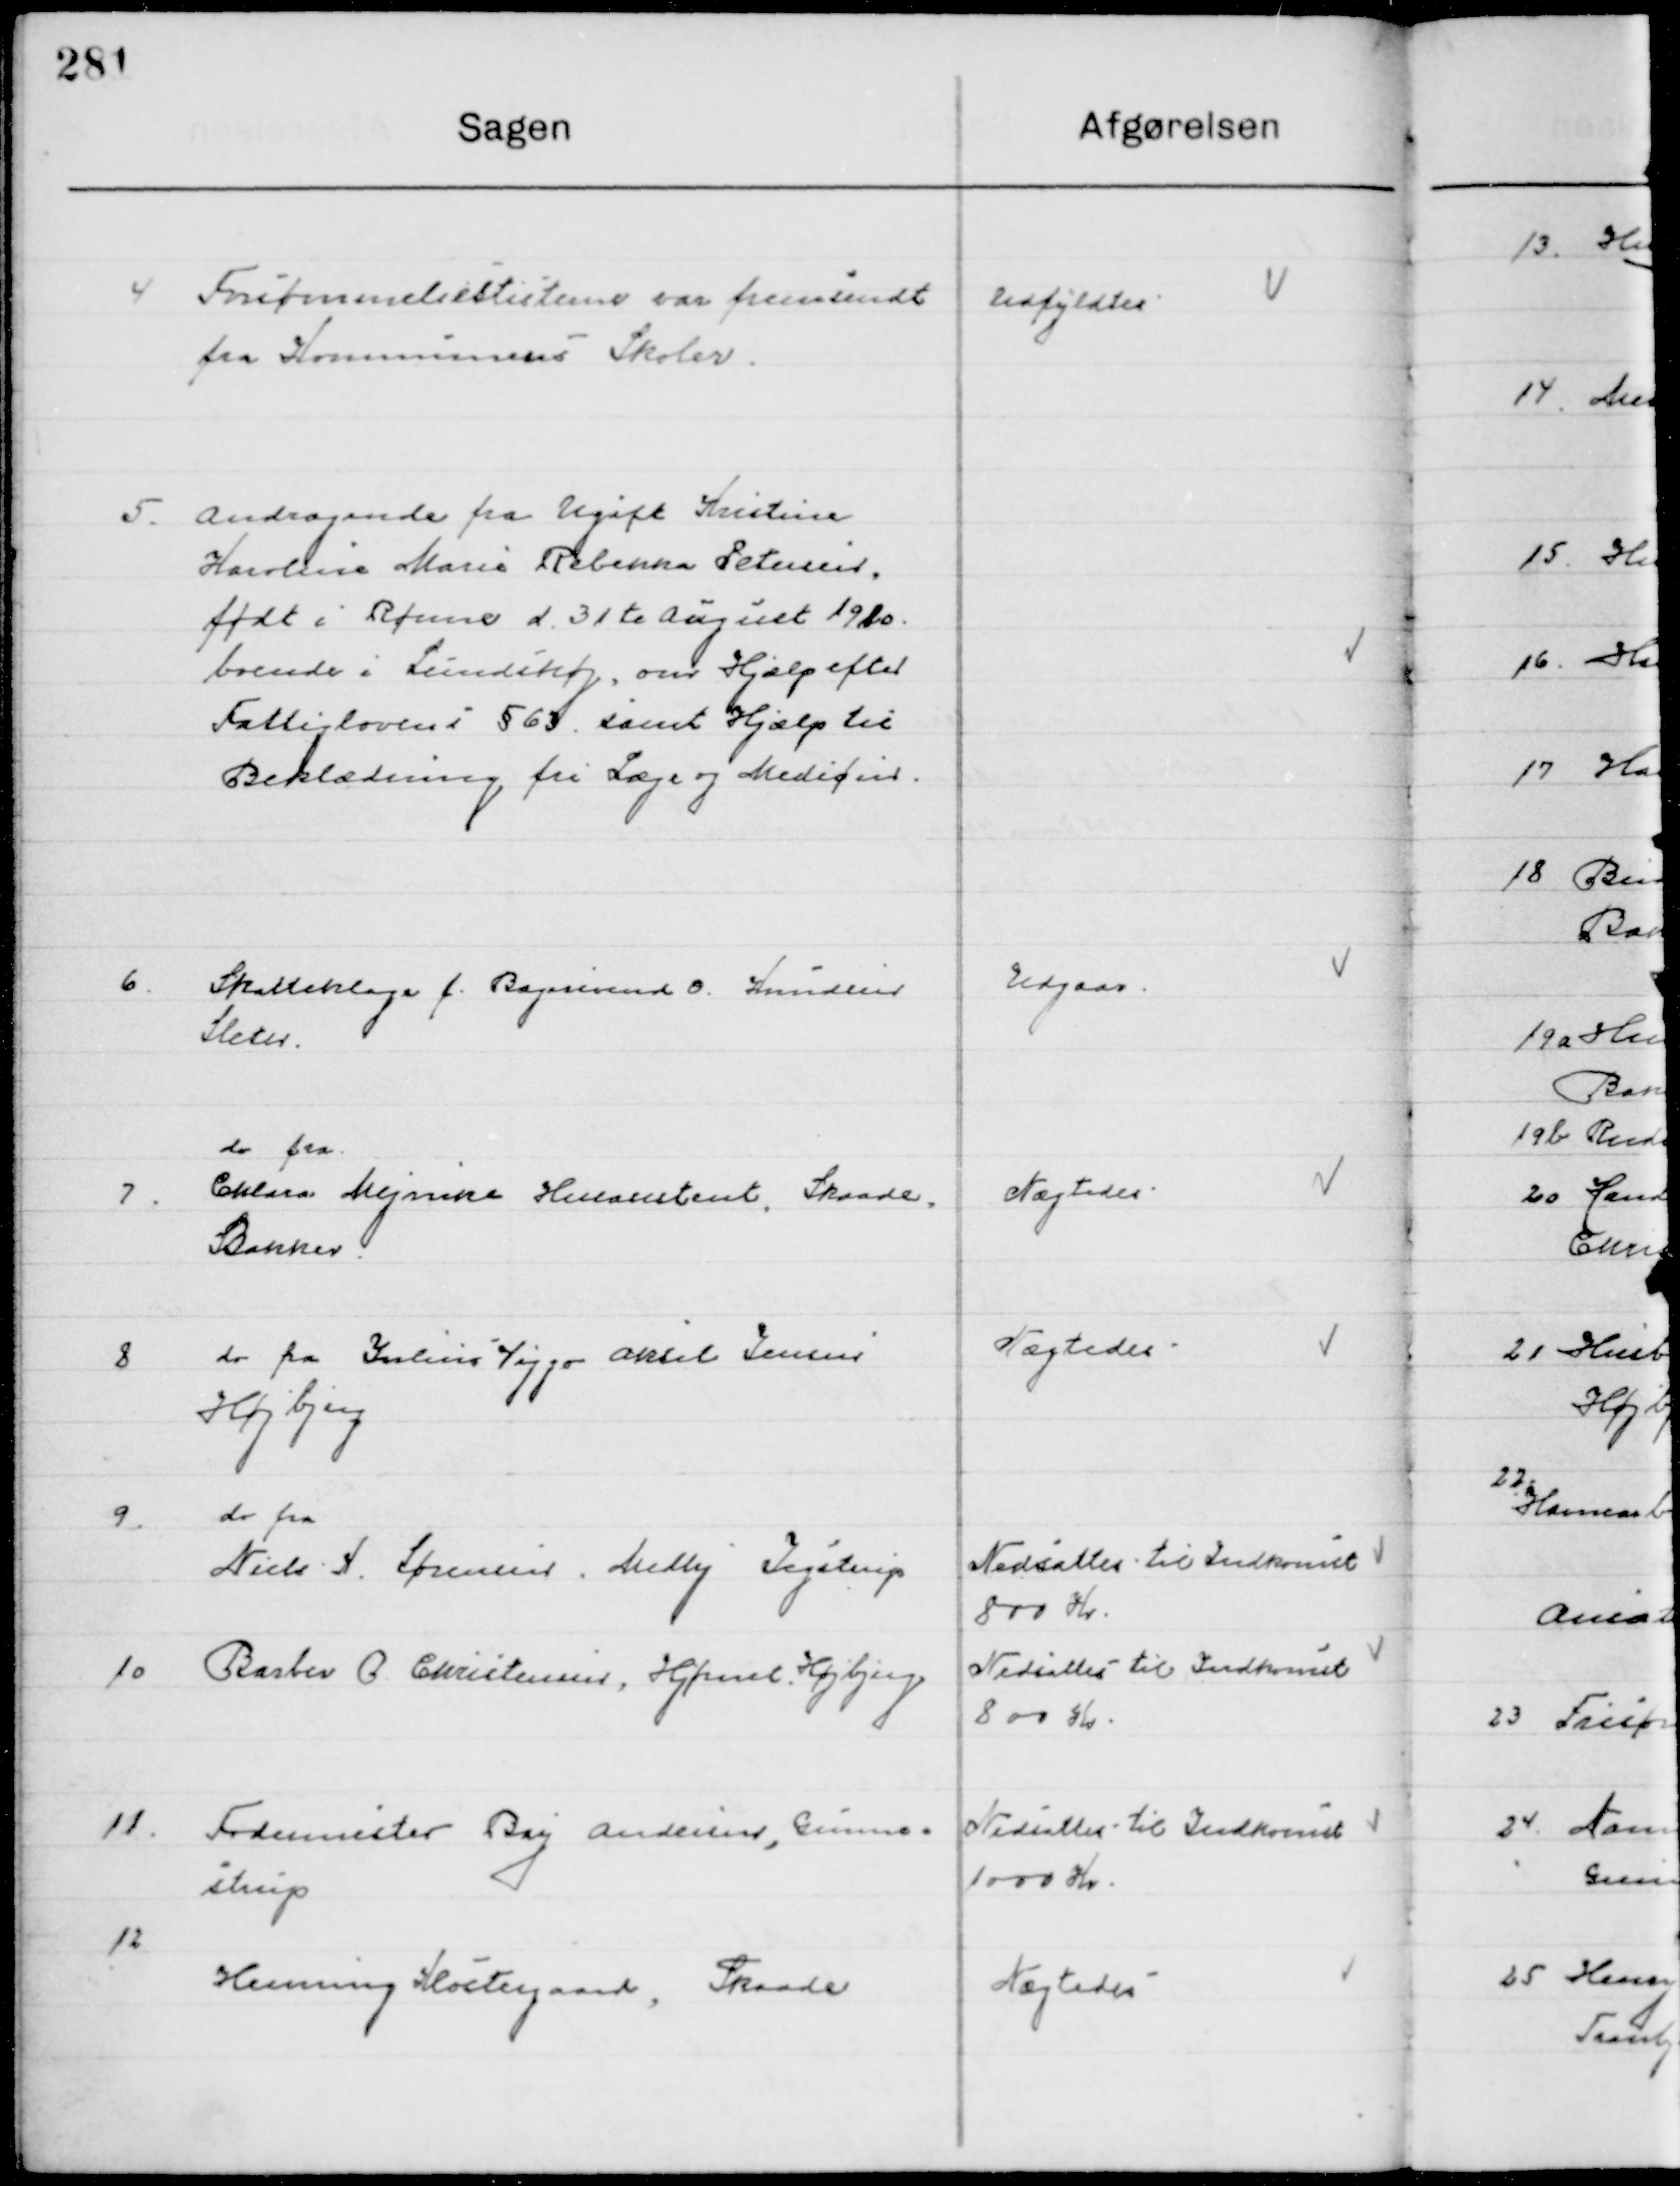
Transskription:
4

Frifinnelseslisterne var fremsendt
Fra Kommunens Skoler

Udfyldtes

5

Andragende fra Ugift Kristine
Karoline Marie Rebekka Petersen
født i Rønne d. 31te August 1920
boende i Lindehøj, om Hjælp efter
Fattiglovens i § 63 samt Hjælp til
Beklædning fri Læge og Medicin

6

Skatteklage f. Bagersvend O. Hansen 
Sleter.

Udgaar

7

do fra	
Chlara Mejnike Husassistent Skaade
Bakker

Nægtes

8

do fra  Viggo Aksel Jensen 
Højbjerg

Nægtes

9

do fra 
Niels N. Sørensen Stelly Jegstrup

Nedsættes til Indkomst
800 Kr.

10

Barber G. Christensen, Hjørnet. Højbjerg

Nedsættes til Indkomst
800 Kr.

11

Fodermester Bay Andersen, Gunne-
strup

Nedsættes til Indkomst
1000 Kr.

12

Henning Klostergaard, Skaade

Nægtes